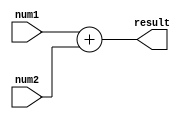
module float_addition(
input wire [63:0] num1,
input wire [63:0] num2,
output wire [63:0] result
);

assign result = num1 + num2;

endmodule